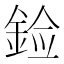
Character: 𰼳